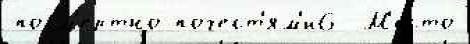
посм'е́ртно почест'ям'и6  М'е́сто